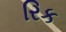
રિક